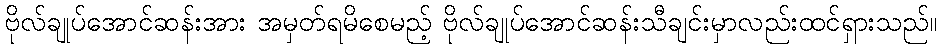
ဗိုလ်ချုပ်အောင်ဆန်းအား အမှတ်ရမိစေမည့် ဗိုလ်ချုပ်အောင်ဆန်းသီချင်းမှာလည်းထင်ရှားသည်။